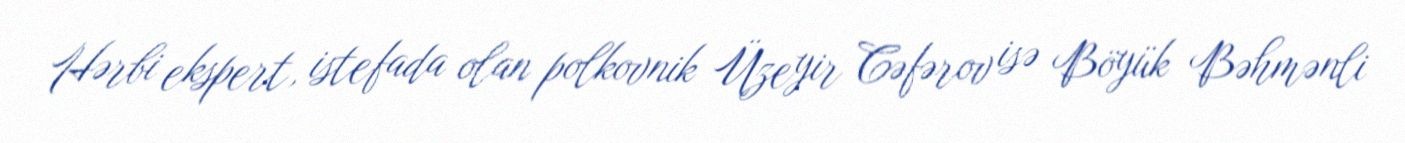
Hərbi ekspert, istefada olan polkovnik Üzeyir Cəfərov isə Böyük Bəhmənli